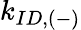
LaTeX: k_{ID,(-)}